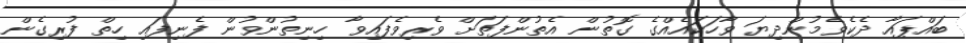
ބައްޕައާ ދެކެވެމުންދިޔަ ވާހަކައެއްގެ ގޮތުން އެތުންފަތަށް ވެރިވެފައިވާ ހިނިތުންވުން ފެނިފައި ހިތް ފުރިގެން